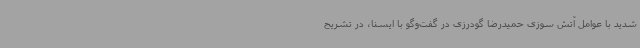
شدید با عوامل آتش سوزی حمیدرضا گودرزی در گفت‌وگو با ایسنا، در تشریح